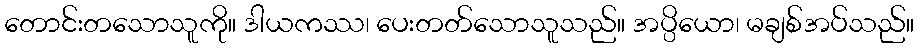
တောင်းတသောသူကို။ ဒါယကဿ၊ ပေးတတ်သောသူသည်။ အပ္ပိယော၊ မချစ်အပ်သည်။